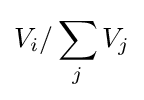
V_{i}/\sum _{j}V_{j}